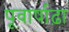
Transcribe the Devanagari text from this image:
पूवार्षाढ़ा